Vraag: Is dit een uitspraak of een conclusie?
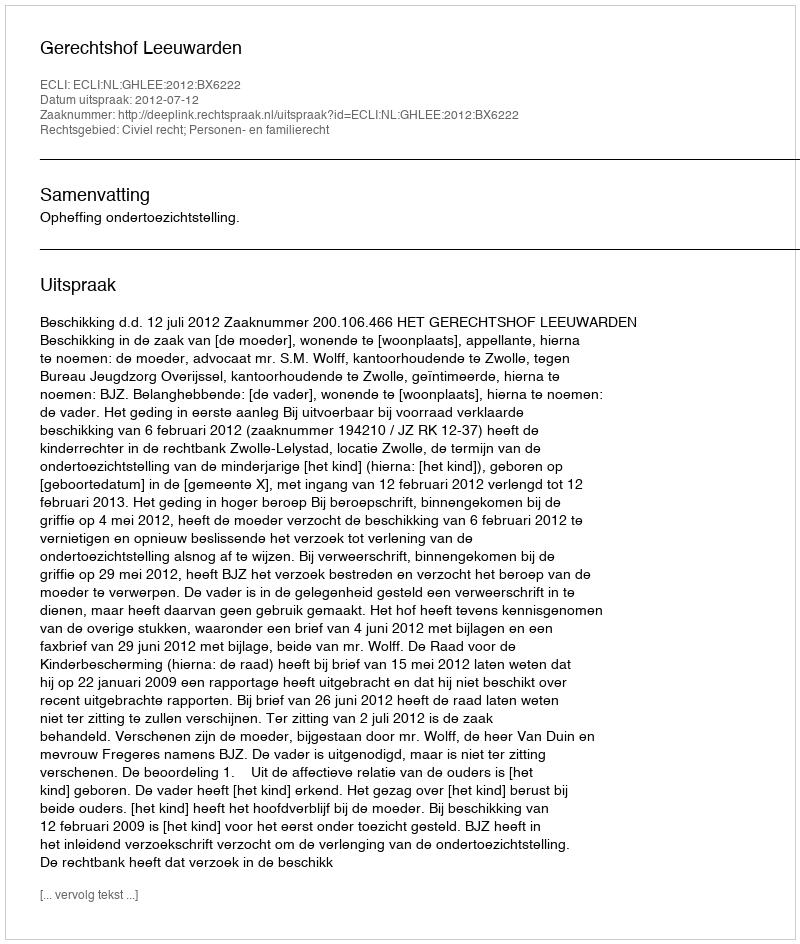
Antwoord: Uitspraak